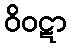
ဝိဝဋာ